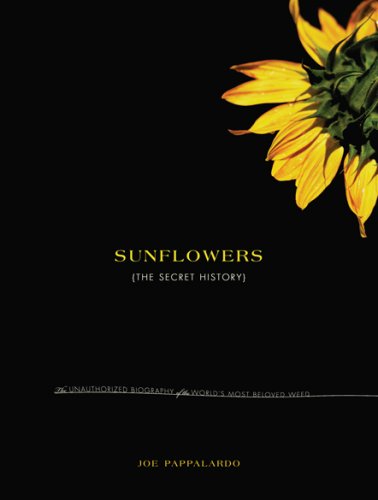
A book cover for Sunflowers; Joe Pappalardo; Crafts, Hobbies & Home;